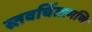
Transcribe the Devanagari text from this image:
स्तवचिंतामणि